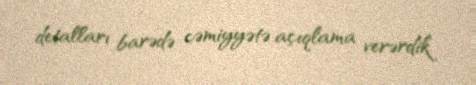
detalları barədə cəmiyyətə açıqlama verərdik.